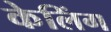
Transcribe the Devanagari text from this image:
केलिंग